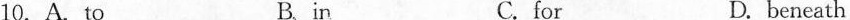
10.A.To B in C. for D. beneath